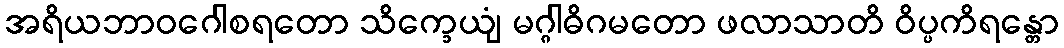
အရိယဘာဝဂေါစရတော သိက္ခေယျံ မဂ္ဂါဓိဂမတော ဖလာသာတိ ဝိပ္ပကိရန္တော